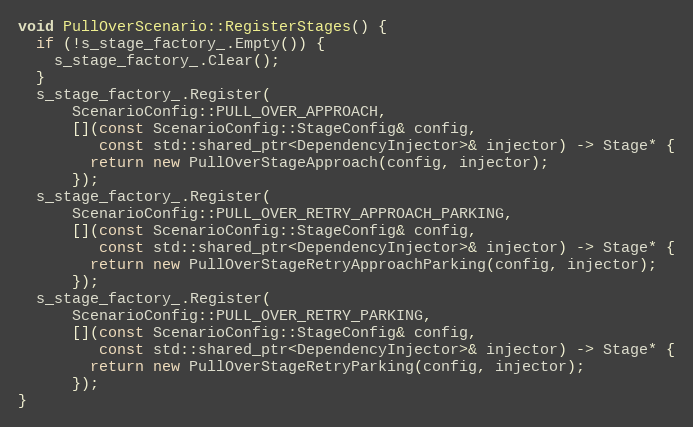
Language: C++
void PullOverScenario::RegisterStages() {
  if (!s_stage_factory_.Empty()) {
    s_stage_factory_.Clear();
  }
  s_stage_factory_.Register(
      ScenarioConfig::PULL_OVER_APPROACH,
      [](const ScenarioConfig::StageConfig& config,
         const std::shared_ptr<DependencyInjector>& injector) -> Stage* {
        return new PullOverStageApproach(config, injector);
      });
  s_stage_factory_.Register(
      ScenarioConfig::PULL_OVER_RETRY_APPROACH_PARKING,
      [](const ScenarioConfig::StageConfig& config,
         const std::shared_ptr<DependencyInjector>& injector) -> Stage* {
        return new PullOverStageRetryApproachParking(config, injector);
      });
  s_stage_factory_.Register(
      ScenarioConfig::PULL_OVER_RETRY_PARKING,
      [](const ScenarioConfig::StageConfig& config,
         const std::shared_ptr<DependencyInjector>& injector) -> Stage* {
        return new PullOverStageRetryParking(config, injector);
      });
}